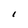
Character: I